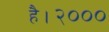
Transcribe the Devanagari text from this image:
है।२०००